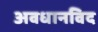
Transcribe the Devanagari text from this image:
अवधानविद